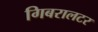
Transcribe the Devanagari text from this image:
गिबरालटर